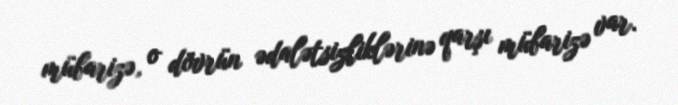
mübarizə, o dövrün ədalətsizliklərinə qarşı mübarizə var.